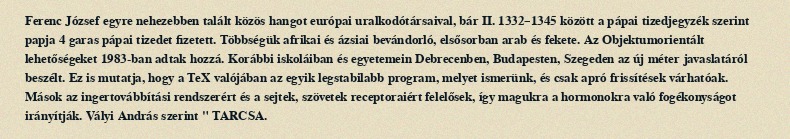
Ferenc József egyre nehezebben talált közös hangot európai uralkodótársaival, bár II. 1332–1345 között a pápai tizedjegyzék szerint papja 4 garas pápai tizedet fizetett. Többségük afrikai és ázsiai bevándorló, elsősorban arab és fekete. Az Objektumorientált lehetőségeket 1983-ban adtak hozzá. Korábbi iskoláiban és egyetemein Debrecenben, Budapesten, Szegeden az új méter javaslatáról beszélt. Ez is mutatja, hogy a TeX valójában az egyik legstabilabb program, melyet ismerünk, és csak apró frissítések várhatóak. Mások az ingertovábbítási rendszerért és a sejtek, szövetek receptoraiért felelősek, így magukra a hormonokra való fogékonyságot irányítják. Vályi András szerint " TARCSA.